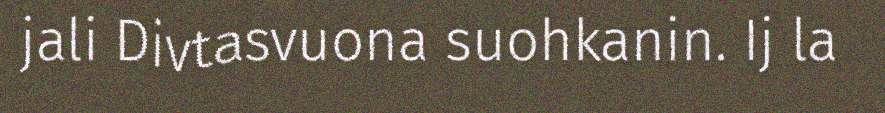
jali Divtasvuona suohkanin. Ij la